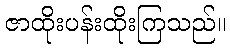
ဇာထိုးပန်းထိုးကြသည်။